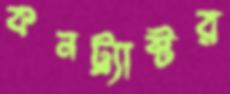
কনট্র্যাক্টর